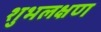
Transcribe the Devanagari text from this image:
शुभलक्षण